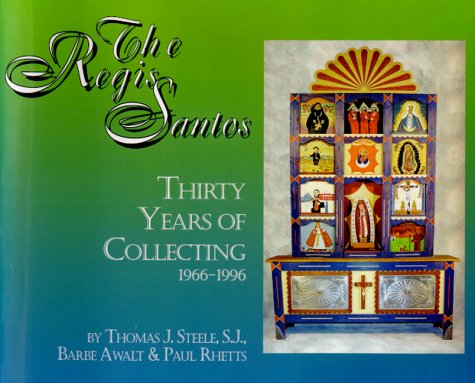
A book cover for The Regis Santos: Thirty Years of Collecting 1966-1996; Thomas J. Steele; Travel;